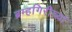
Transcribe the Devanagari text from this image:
ब्रम्हगिरीच्या